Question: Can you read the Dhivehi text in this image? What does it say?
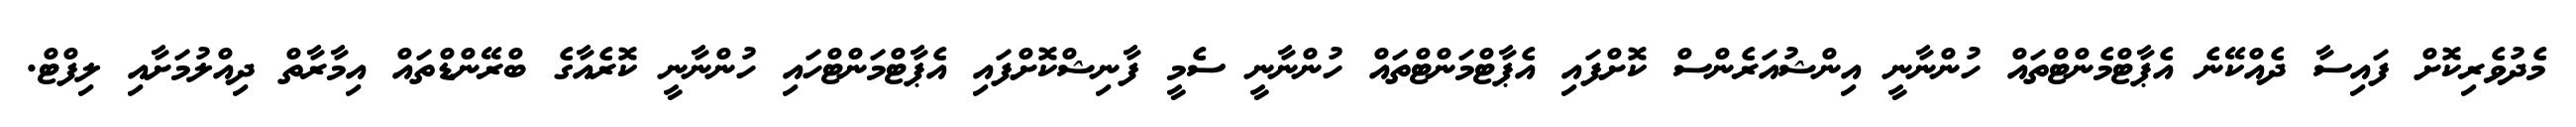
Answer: މެދުވެރިކޮށް ފައިސާ ދެއްކޭނެ އެޕާޓްމެންޓްތައް ހުންނާނީ އިންޝުއަރެންސް ކޮށްފައި އެޕާޓްމަންޓްތައް ހުންނާނީ ސެމީ ފާނިޝްކޮށްފައި އެޕާޓްމަންޓްހައި ހުންނާނީ ކޮރެއާގެ ބްރޭންޑްތައް އިމާރާތް ދިއްލުމަށާއި ލިފްޓް.